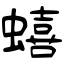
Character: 蟢